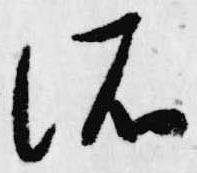
依